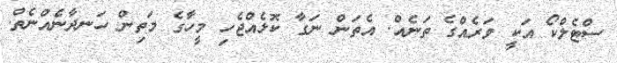
ސްޓެލްކޯ އަކީ ވަރެއްގެ ތަނެއް. އެތަން ނަގާ ކޮޅެއްޖެހި މީހާގެ މަތިން ހަނދާނެއްނެތް.